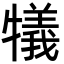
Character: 犠